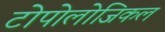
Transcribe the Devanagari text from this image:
टोपोलोजिकल